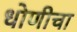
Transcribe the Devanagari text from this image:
धोणीचा